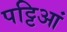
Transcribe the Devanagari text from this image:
पट्टिआं